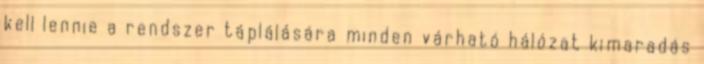
kell lennie a rendszer táplálására minden várható hálózat kimaradás